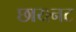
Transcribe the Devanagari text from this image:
छायनट